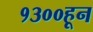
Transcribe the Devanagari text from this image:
१३००हून